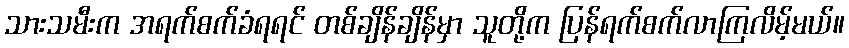
သားသမီးက အရက်စက်ခံရရင် တစ်ချိန်ချိန်မှာ သူတို့က ပြန်ရက်စက်လာကြလိမ့်မယ်။